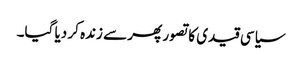
سیاسی قیدی کا تصور پھر سے زندہ کر دیا گیا۔